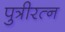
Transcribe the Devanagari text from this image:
पुत्रीरत्न